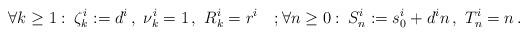
LaTeX: \begin{align*}\forall k \geq 1:\: \zeta^i_k := d^i \,,\,\, \nu^i_k = 1\,,\,\, R^i_k = r^i \quad; \forall n \geq 0:\: S^i_n := s_0^i + d^i n \,,\,\, T^i_n = n \,.\end{align*}